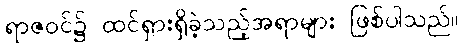
ရာဇဝင်၌ ထင်ရှားရှိခဲ့သည့်အရာများ ဖြစ်ပါသည်။